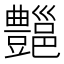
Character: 𰶣